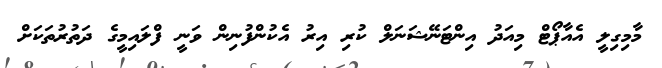
މާމިގިލީ އެއާޕޯޓް މިއަދު އިންޓަނޭޝަނަލް ކުރި އިރު އެކުންފުނިން ވަނީ ފްލައިމީގެ ދަތުރުތަކަށް